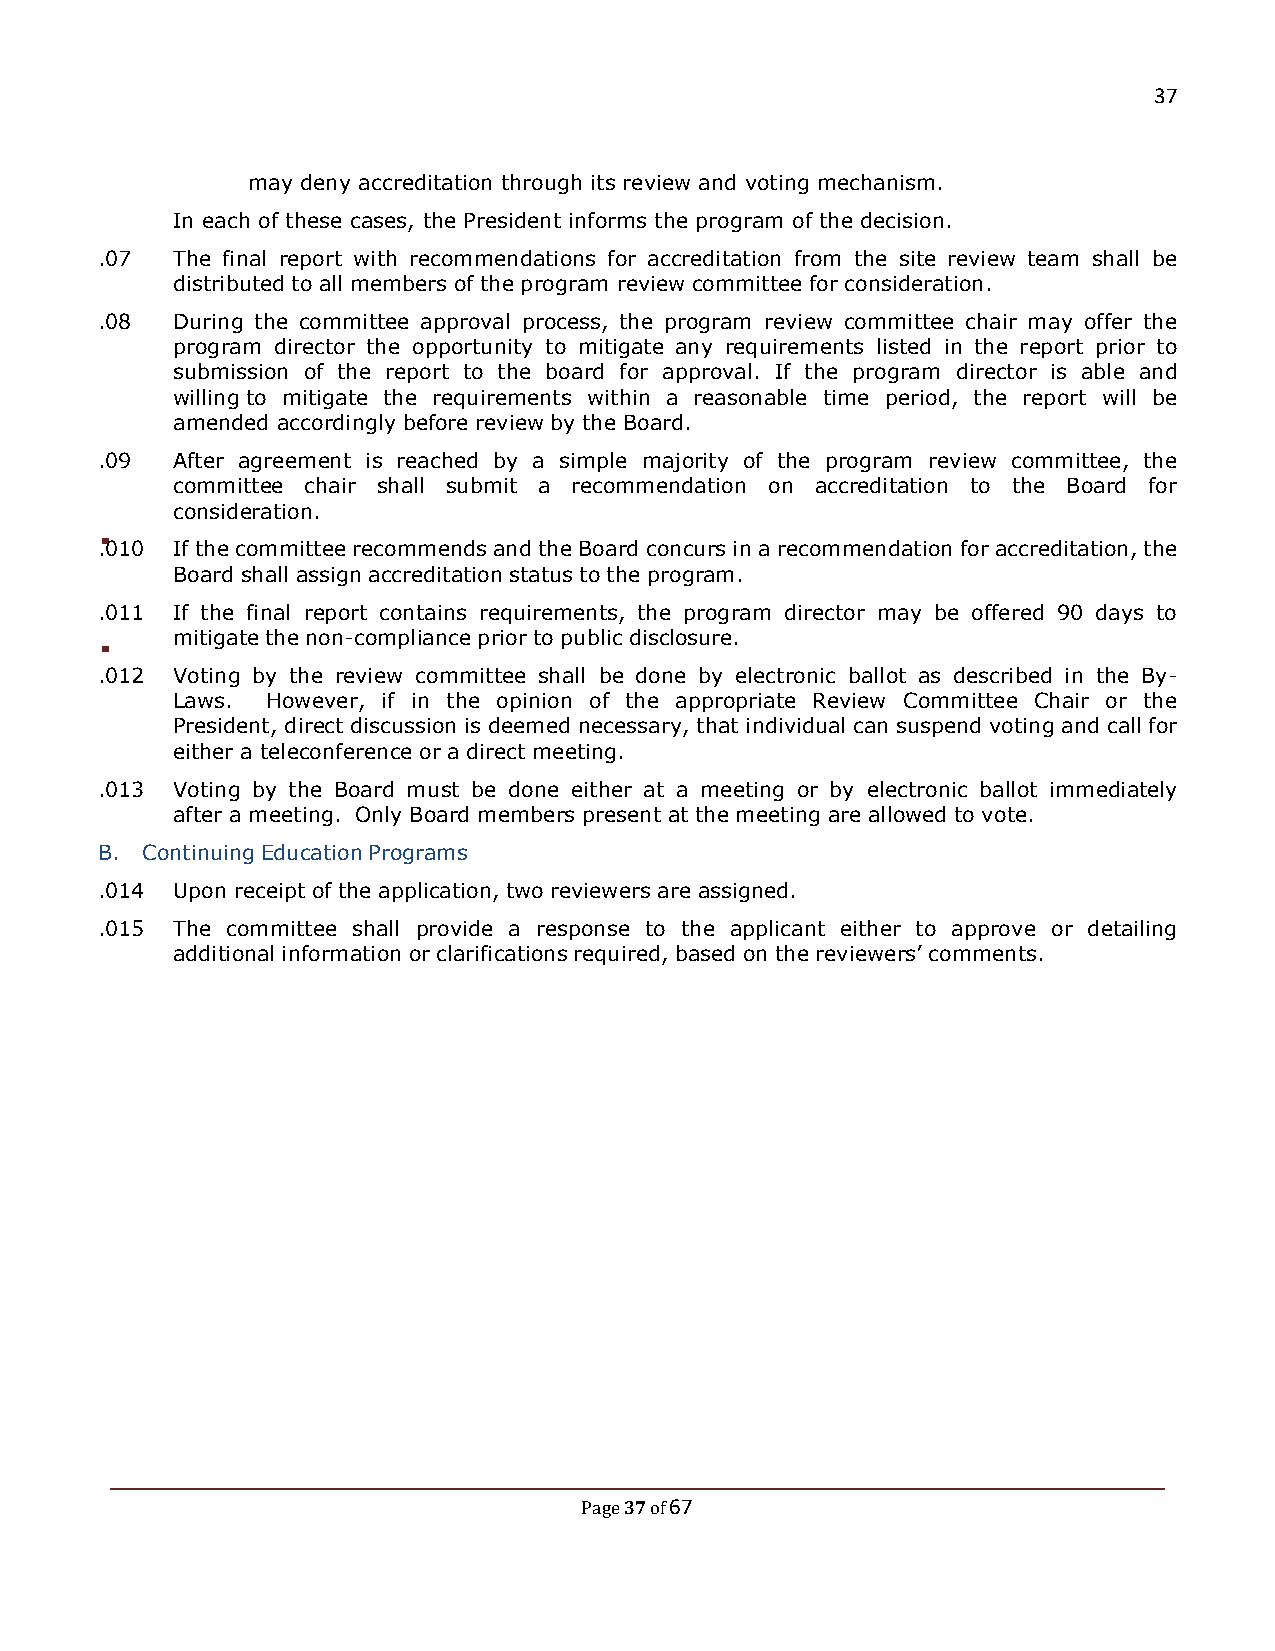
37
 may deny accreditation through its review and voting mechanism.
 In each of these cases, the President informs the program of the decision.
 .07  The final report with recommendations for accreditation from the site review team shall be
 distributed to all members of the program review committee for consideration.
 .08  During the committee approval process, the program review committee chair may offer the
 program director the opportunity to mitigate any requirements listed in the report prior to
 submission of the report to the board for approval. If the program director is able and
 willing to mitigate the requirements within a reasonable time period, the report will be
 amended accordingly before review by the Board.
 .09  After agreement is reached by a simple majority of the program review committee, the
 committee chair shall submit a recommendation on accreditation to the Board for
 consideration.
 .010 If the committee recommends and the Board concurs in a recommendation for accreditation, the
 Board shall assign accreditation status to the program.
 .011 If the final report contains requirements, the program director may be offered 90 days to
 mitigate the non-compliance prior to public disclosure.
 .012 Voting by the review committee shall be done by electronic ballot as described in the By-
 Laws.  However, if in the opinion of the appropriate Review Committee Chair or the
 President, direct discussion is deemed necessary, that individual can suspend voting and call for
 either a teleconference or a direct meeting.
 .013 Voting by the Board must be done either at a meeting or by electronic ballot immediately
 after a meeting. Only Board members present at the meeting are allowed to vote.
 B. Continuing Education Programs
 .014 Upon receipt of the application, two reviewers are assigned.
 .015 The committee shall provide a response to the applicant either to approve or detailing
 additional information or clarifications required, based on the reviewers’ comments.
 37 67
 Page of